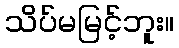
သိပ်မမြင့်ဘူး။